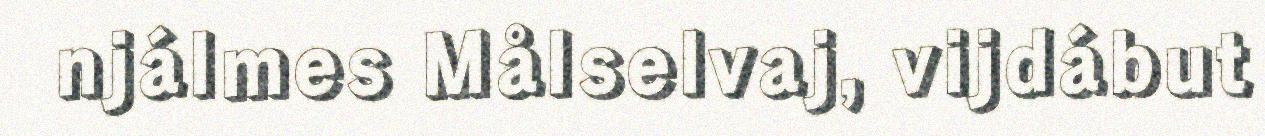
njálmes Målselvaj, vijdábut